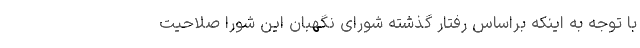
با توجه به اینکه براساس رفتار گذشته شورای نگهبان این شورا صلاحیت